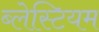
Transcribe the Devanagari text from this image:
ब्लेस्टियम